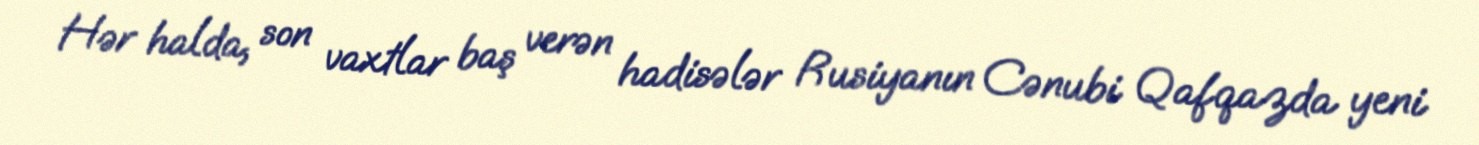
Hər halda, son vaxtlar baş verən hadisələr Rusiyanın Cənubi Qafqazda yeni